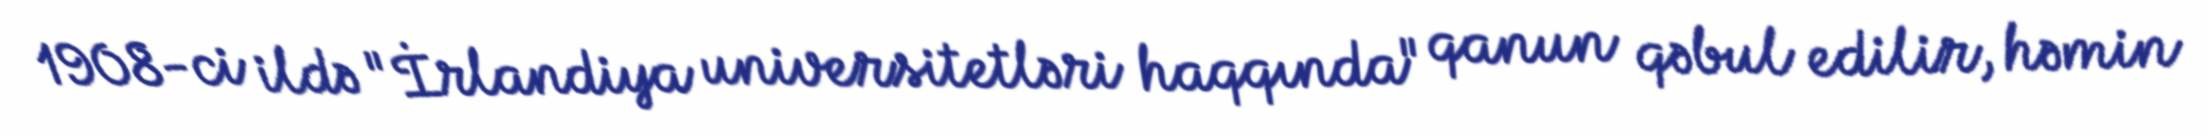
1908-ci ildə "İrlandiya universitetləri haqqında" qanun qəbul edilir, həmin